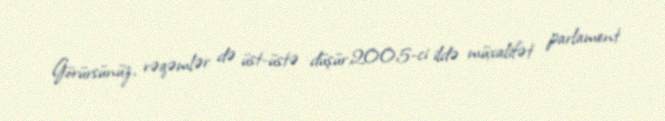
Görürsünüz, rəqəmlər də üst-üstə düşür.2005-ci ildə müxalifət parlament